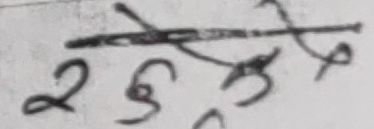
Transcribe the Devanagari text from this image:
२ छु सुरु